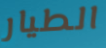
الطيار